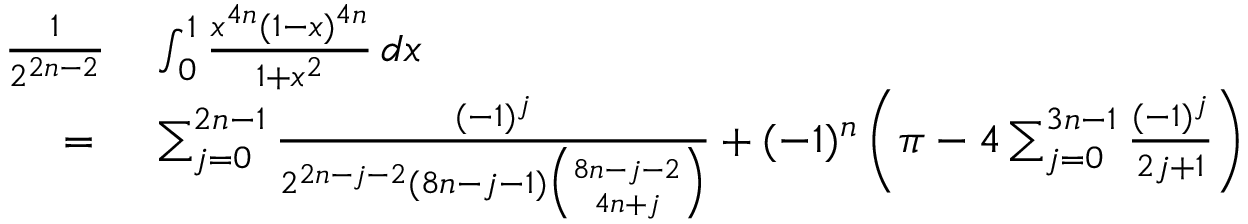
\begin{array} { r l } { { \frac { 1 } { 2 ^ { 2 n - 2 } } } } & { { } \int _ { 0 } ^ { 1 } { \frac { x ^ { 4 n } ( 1 - x ) ^ { 4 n } } { 1 + x ^ { 2 } } } \, d x } \\ { = { } } & { { } \sum _ { j = 0 } ^ { 2 n - 1 } { \frac { ( - 1 ) ^ { j } } { 2 ^ { 2 n - j - 2 } ( 8 n - j - 1 ) { \binom { 8 n - j - 2 } { 4 n + j } } } } + ( - 1 ) ^ { n } \left( \pi - 4 \sum _ { j = 0 } ^ { 3 n - 1 } { \frac { ( - 1 ) ^ { j } } { 2 j + 1 } } \right) } \end{array}